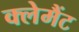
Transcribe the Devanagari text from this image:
क्लेमैंट